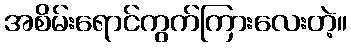
အစိမ်းရောင်ကွက်ကြားလေးတဲ့။